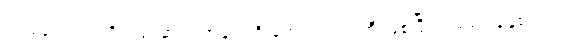
၇၇၉၄ သည် ကိုက်ငါးဆယ် အချင်းရှိ ကျောက်တုံးကြီးဖြစ်ပြီး၊ ၁၉၉၇ ခုနှစ်တွင်